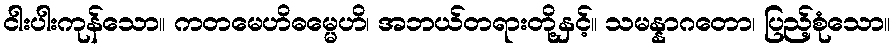
ငါးပါးကုန်သော။ ကတမေဟိဓမ္မေဟိ၊ အဘယ်တရားတို့နှင့်။ သမန္နာဂတော၊ ပြည့်စုံသော။